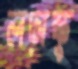
লসেস্কু